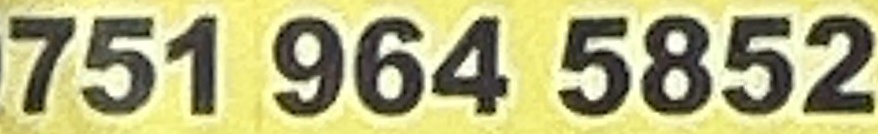
751 964 5852